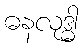
ဓနလုဒ္ဓါ